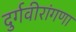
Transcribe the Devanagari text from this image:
दुर्गवीरांगणा